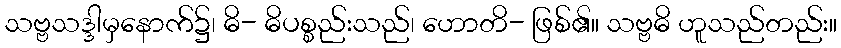
သဗ္ဗသဒ္ဒါမှနောက်၌၊ ဓိ- ဓိပစ္စည်းသည်၊ ဟောတိ- ဖြစ်၏။ သဗ္ဗဓိ ဟူသည်တည်း။